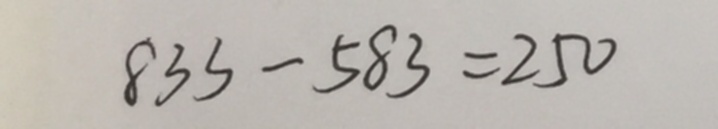
8 3 3 - 5 8 3 = 2 5 0